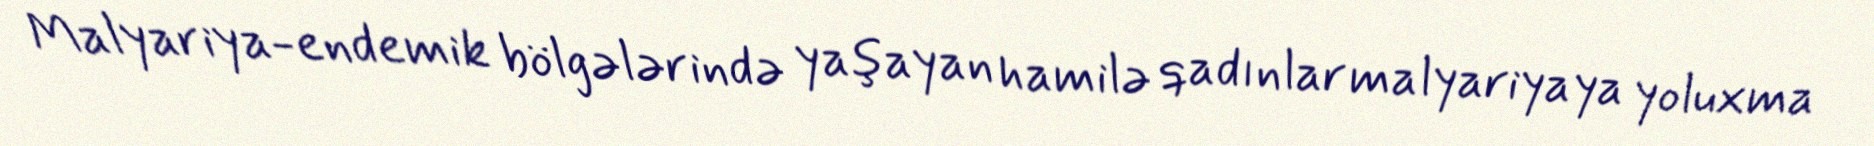
Malyariya-endemik bölgələrində yaşayan hamilə qadınlar malyariyaya yoluxma